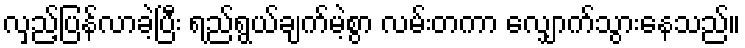
လှည့်ပြန်လာခဲ့ပြီး ရည်ရွယ်ချက်မဲ့စွာ လမ်းတကာ လျှောက်သွားနေသည်။